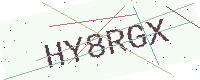
Text: HY8RGX